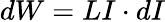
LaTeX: dW=LI\cdot dI